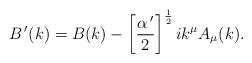
LaTeX: \begin{align*}B^{\,\prime}(k)=B(k)-\left[\frac{\alpha^{\,\prime}}{2}\right]^{\frac12}ik^{\mu}A_{\mu}(k).\end{align*}